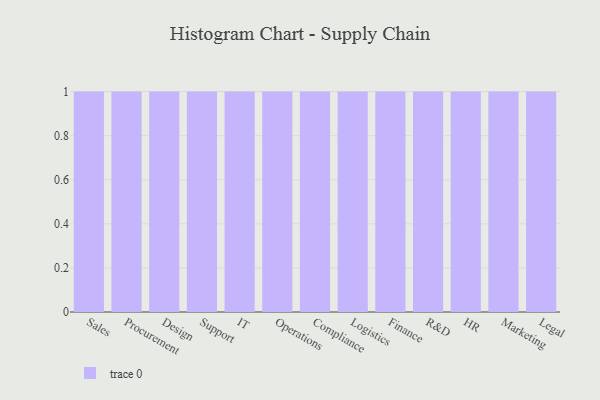
{"axis": {"x": "Department", "y": "Website Visitors"}, "legend": [""], "data": [{"x": "Sales", "y": 90, "type": ""}, {"x": "Procurement", "y": 64, "type": ""}, {"x": "Design", "y": 67, "type": ""}, {"x": "Support", "y": 88, "type": ""}, {"x": "IT", "y": 24, "type": ""}, {"x": "Operations", "y": 23, "type": ""}, {"x": "Compliance", "y": 63, "type": ""}, {"x": "Logistics", "y": 37, "type": ""}, {"x": "Finance", "y": 48, "type": ""}, {"x": "R&D", "y": 40, "type": ""}, {"x": "HR", "y": 15, "type": ""}, {"x": "Marketing", "y": 83, "type": ""}, {"x": "Legal", "y": 61, "type": ""}]}